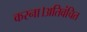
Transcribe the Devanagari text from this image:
करना।अतिवंचित